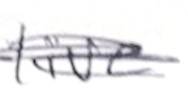
Text: live
Cross-out: mix
Writing tool: pencil